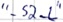
Text: "_S2_2"